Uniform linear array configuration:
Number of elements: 16
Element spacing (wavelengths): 1
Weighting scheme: hann
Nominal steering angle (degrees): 60
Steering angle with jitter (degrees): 59.912
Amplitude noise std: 0.05
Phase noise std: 0.05

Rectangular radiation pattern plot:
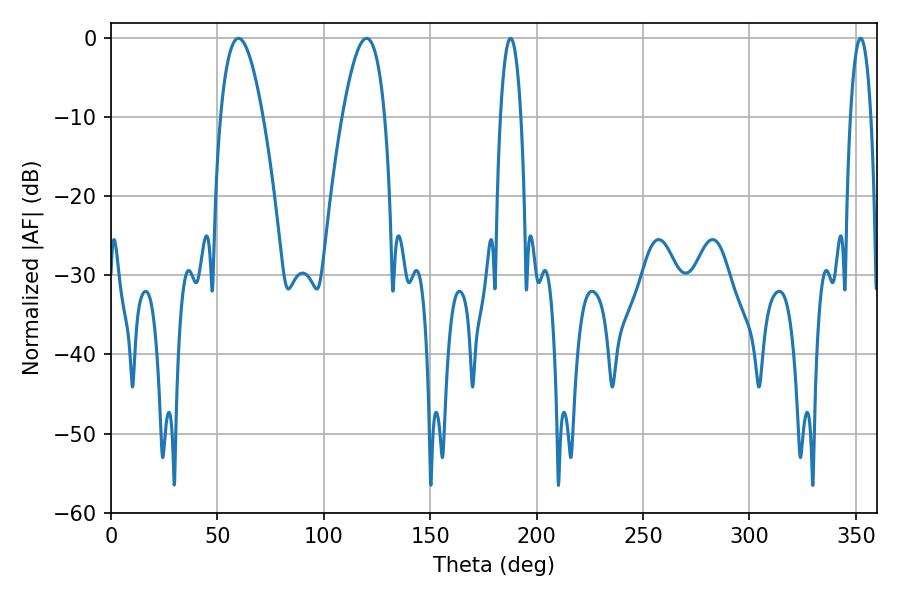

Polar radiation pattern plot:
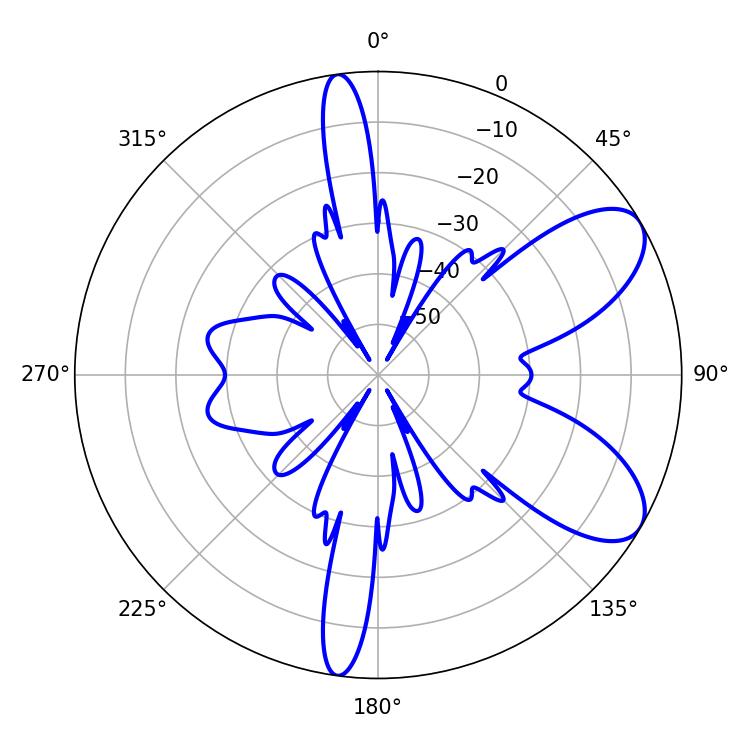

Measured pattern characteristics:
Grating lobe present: TRUE
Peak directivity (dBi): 7.835
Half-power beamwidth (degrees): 5.4
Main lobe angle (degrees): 187.74